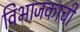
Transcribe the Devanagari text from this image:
विभाजकाची